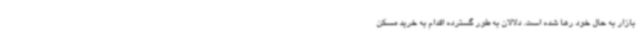
بازار به حال خود رها شده است. دلالان به طور گسترده اقدام به خرید مسکن